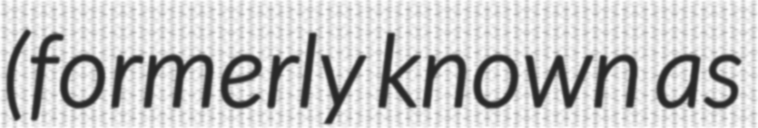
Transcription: (formerly known as